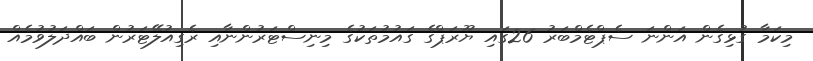
މިކަމާ ގުޅިގެން އަންނަ ސެޕްޓެމްބަރު 26ގައި ޔޫރަޕްގެ ގައުމުތަކުގެ މިނިސްޓަރުންނާއި ރެގިއުލޭޓަރުން ބައްދަލުވުމެއް